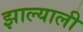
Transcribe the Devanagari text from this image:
झाल्याली